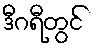
ဒီဂရီတွင်